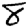
Digit: 8